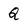
Character: Q